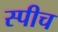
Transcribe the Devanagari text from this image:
स्‍पीच